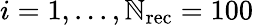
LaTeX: i=1,...,\mathbb{N}_{\mathrm{{rec}}}=100